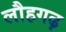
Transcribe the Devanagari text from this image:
लौहगढ़